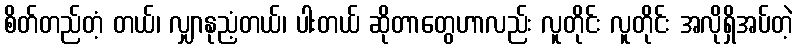
စိတ်တည်တံ့ တယ်၊ လျှာနုညံ့တယ်၊ ပါးတယ် ဆိုတာတွေဟာလည်း လူတိုင်း လူတိုင်း အလိုရှိအပ်တဲ့